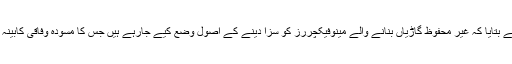
اجلاس میں سینیٹر اعظم سواتی نے بتایا کہ غیر محفوظ گاڑیاں بنانے والے مینوفیکچررز کو سزا دینے کے اصول وضع کیے جارہے ہیں جس کا مسودہ وفاقی کابینہ کے سامنے پیش کیا جاچکا ہے۔